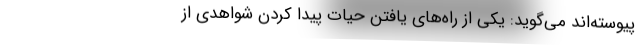
پیوسته‌اند می‌گوید: یکی از راه‌های یافتن حیات پیدا کردن شواهدی از